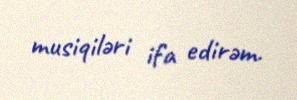
musiqiləri ifa edirəm.